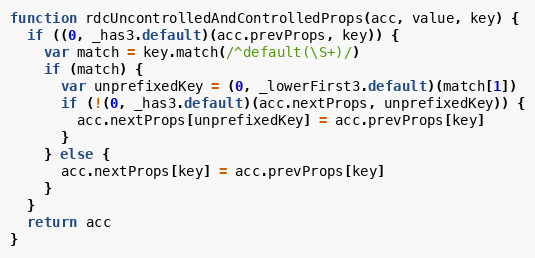
Language: JavaScript
function rdcUncontrolledAndControlledProps(acc, value, key) {
  if ((0, _has3.default)(acc.prevProps, key)) {
    var match = key.match(/^default(\S+)/)
    if (match) {
      var unprefixedKey = (0, _lowerFirst3.default)(match[1])
      if (!(0, _has3.default)(acc.nextProps, unprefixedKey)) {
        acc.nextProps[unprefixedKey] = acc.prevProps[key]
      }
    } else {
      acc.nextProps[key] = acc.prevProps[key]
    }
  }
  return acc
}